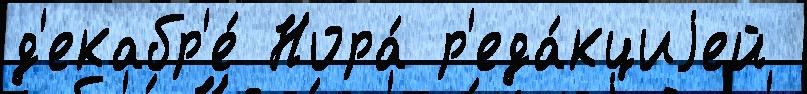
д'екабр'е́ Нора́ р'еда́кциjей